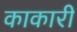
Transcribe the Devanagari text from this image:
काकारी